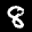
Label: 8